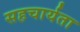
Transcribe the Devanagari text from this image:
सहचार्यता